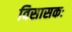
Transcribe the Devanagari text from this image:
विसासकः